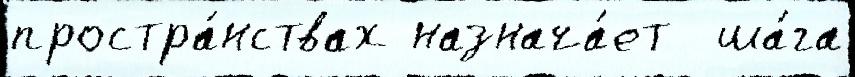
простра́нствах назнача́ет  ша́га